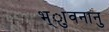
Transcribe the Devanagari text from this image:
भ्ाुवनानु